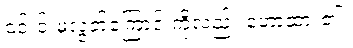
၎င်းင်းမှလွတ်ကြောင်းကိုလည်း ဟောထား၏။